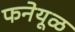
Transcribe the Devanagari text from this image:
फनेयूळ